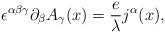
LaTeX: \begin{align*}\epsilon^{\alpha\beta\gamma}\partial_{\beta}A_{\gamma}(x)=\frac{e}{\lambda}j^{\alpha}(x),\end{align*}